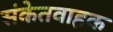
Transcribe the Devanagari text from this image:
संकेतवाहक